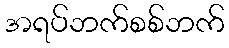
အရပ်ဘက်စစ်ဘက်